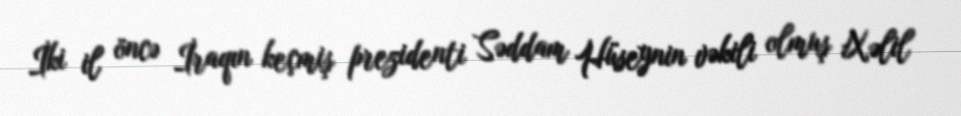
İki il öncə İraqın keçmiş prezidenti Səddam Hüseynin vəkili olmuş Xəlil